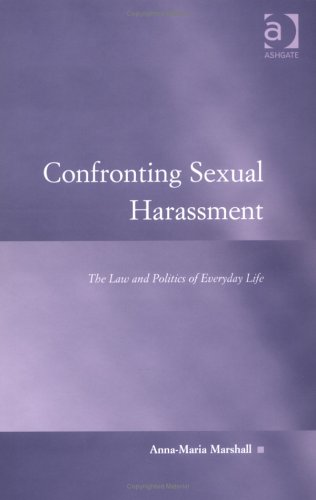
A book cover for Confronting Sexual Harassment: The Law And Politics Of Everyday Life (Law, Justice and Power); Anna-Maria Marshall; Law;